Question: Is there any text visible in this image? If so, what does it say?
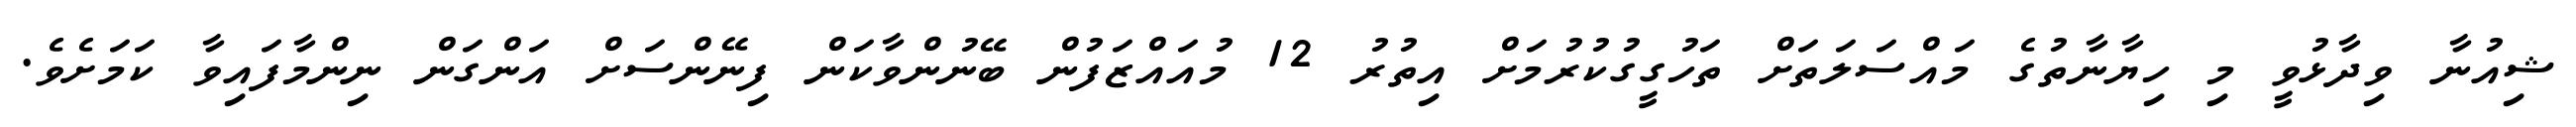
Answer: ޝިއުނާ ވިދާޅުވީ މި ހިޔާނާތުގެ މައްސަލަތަށް ތަހުގީގުކުރުމަށް އިތުރު 12 މުއައްޒަފުން ބޭނުންވާކަން ފިނޭންސަށް އަންގަން ނިންމާފައިވާ ކަމަށެވެ.